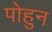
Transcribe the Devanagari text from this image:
पोहुन